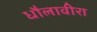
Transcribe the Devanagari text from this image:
धौलावीरा